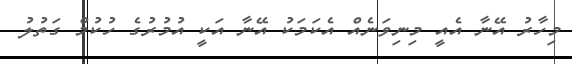
މިހާރު އޭނާ އެއީ މިނިވަނެއް އެކަމަކު އޭނާ އަކީ އުމުރުގެ ހުކުމް ގަތުލު